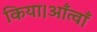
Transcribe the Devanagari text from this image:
किया।आँत्वाँ